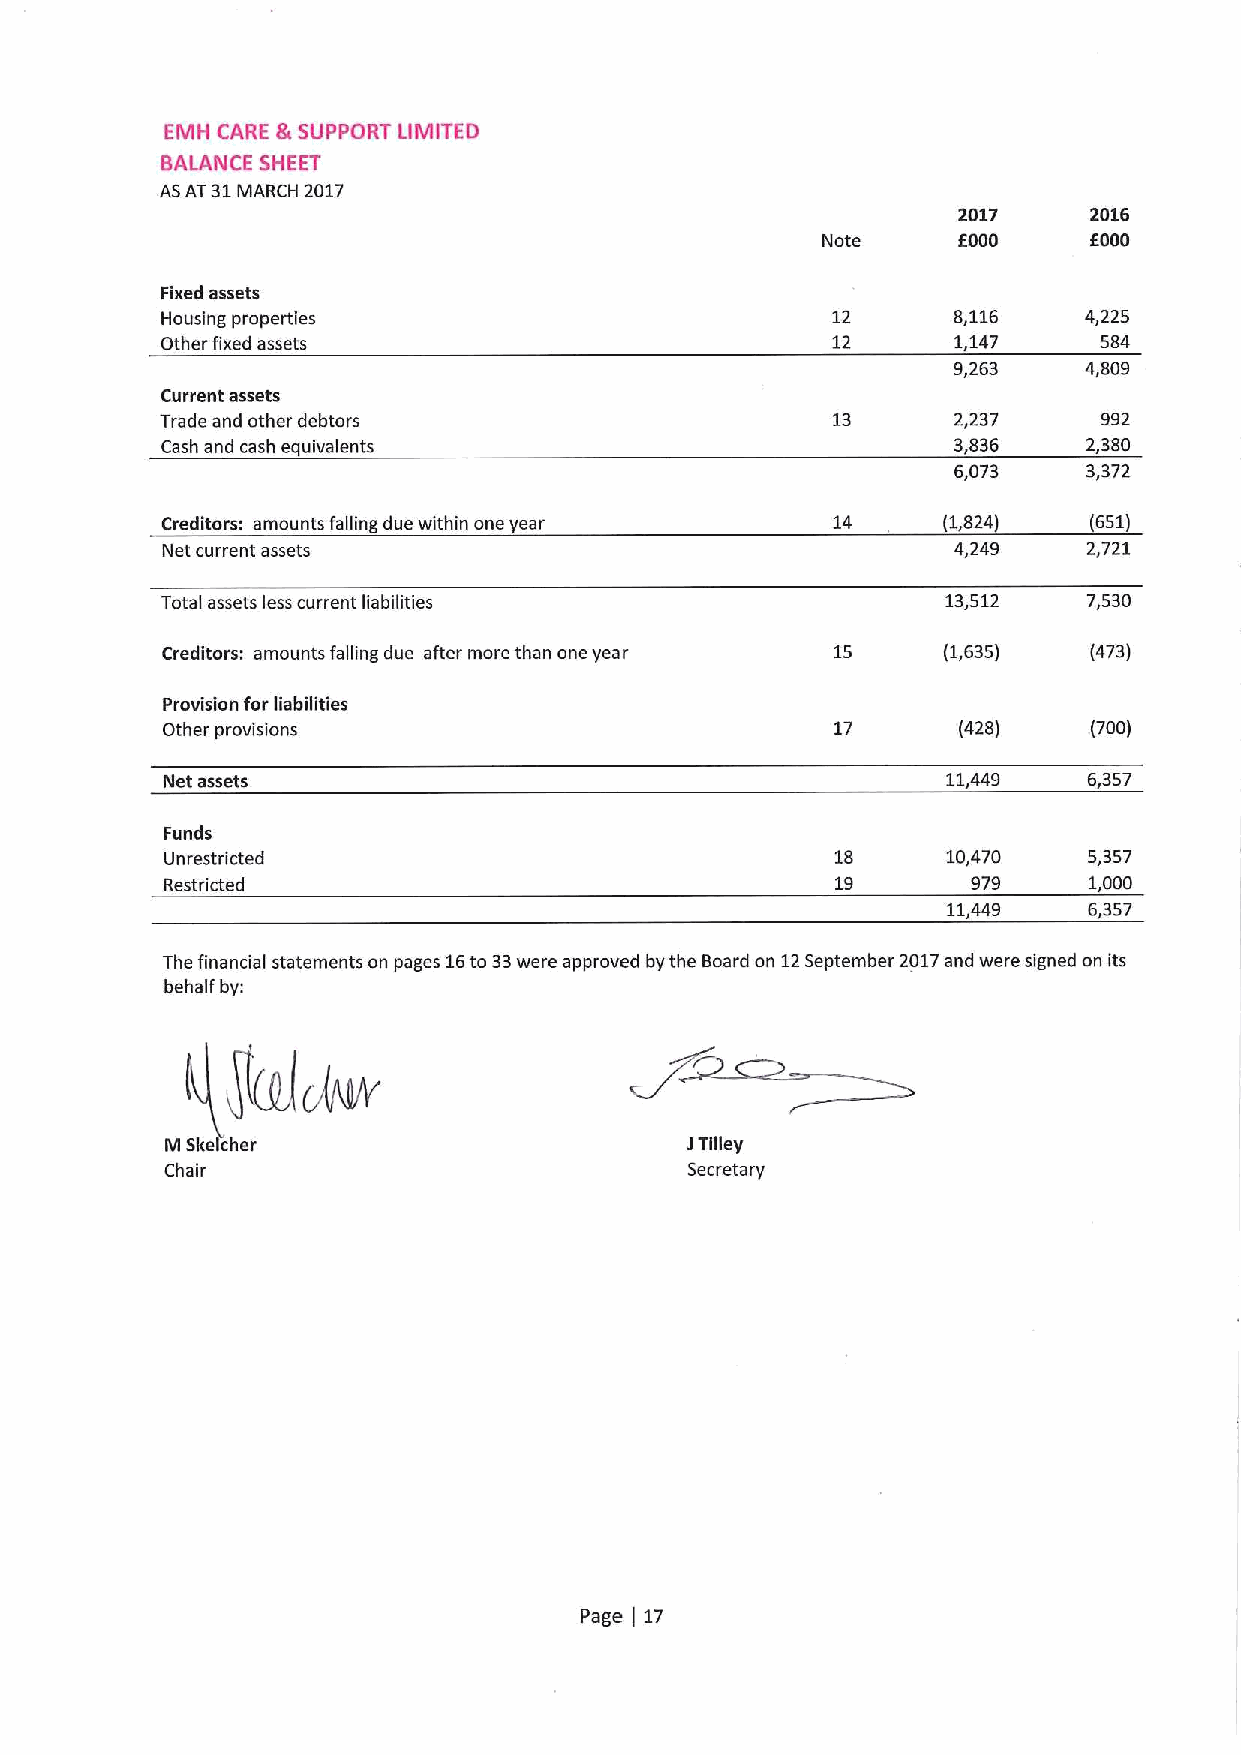
EMH CARE &SUPPORT LIMITED
 BALANCE SHEET
 ASAT31MARCH 2017
 2017     2016
 Note     f000     6000
 Fixed assets
 Housing properties                          12      8,116    4,225
 Other fixed assets                          12      1,147     584
 9,263    4,809
 Current assets
 Trade and other debtors                             2,237     992
 Cash and cash equivalents                           3,836    2,380
 6,073    3372
 Creditors: amounts falling due within one year 14  (1,824)   (651)
 Net current assets                                  4,249    2,721
 Total assets less current liabilities               13,512   7,530
 Creditors: amounts falling due after more than one year 15 (1,635) (473)
 Provision for liabilities
 Other provisions                            17      (428)    (700)
 Net assets                                          11,449   6,357
 Funds
 Unrestricted                                18      10,470   5,357
 Restricted                                  19       979     1,000
 11,449   6,357
 The financial statements on pages 16to 33were approved by the Board on 12September 2017and were signed on its
 behalf by:
 M Skelcher                        JTilley
 Chair                              Secretary
 Page 17
 (